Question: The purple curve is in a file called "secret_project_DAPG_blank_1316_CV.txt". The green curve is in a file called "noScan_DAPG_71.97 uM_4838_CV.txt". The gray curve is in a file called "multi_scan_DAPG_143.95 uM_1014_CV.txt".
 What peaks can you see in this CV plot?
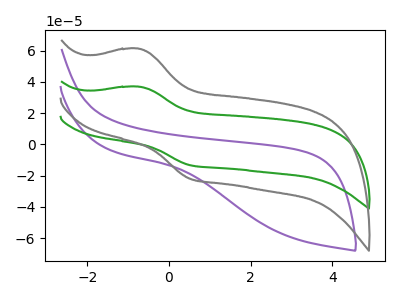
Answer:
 <answer>The purple curve "DAPG, blank" has no peaks. The green curve "DAPG, 71.97 uM" has an anodic peak at (-0.75V, 37.00uA) and a cathodic peak at (0.50V, -13.30uA). The gray curve "DAPG, 143.95 uM" has an anodic peak at (-0.75V, 61.35uA) and a cathodic peak at (0.50V, -22.05uA).</answer>
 <eval></eval>